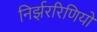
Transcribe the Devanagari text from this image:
निर्झररिणियों